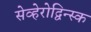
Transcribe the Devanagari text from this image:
सेव्हेरोद्विन्स्क